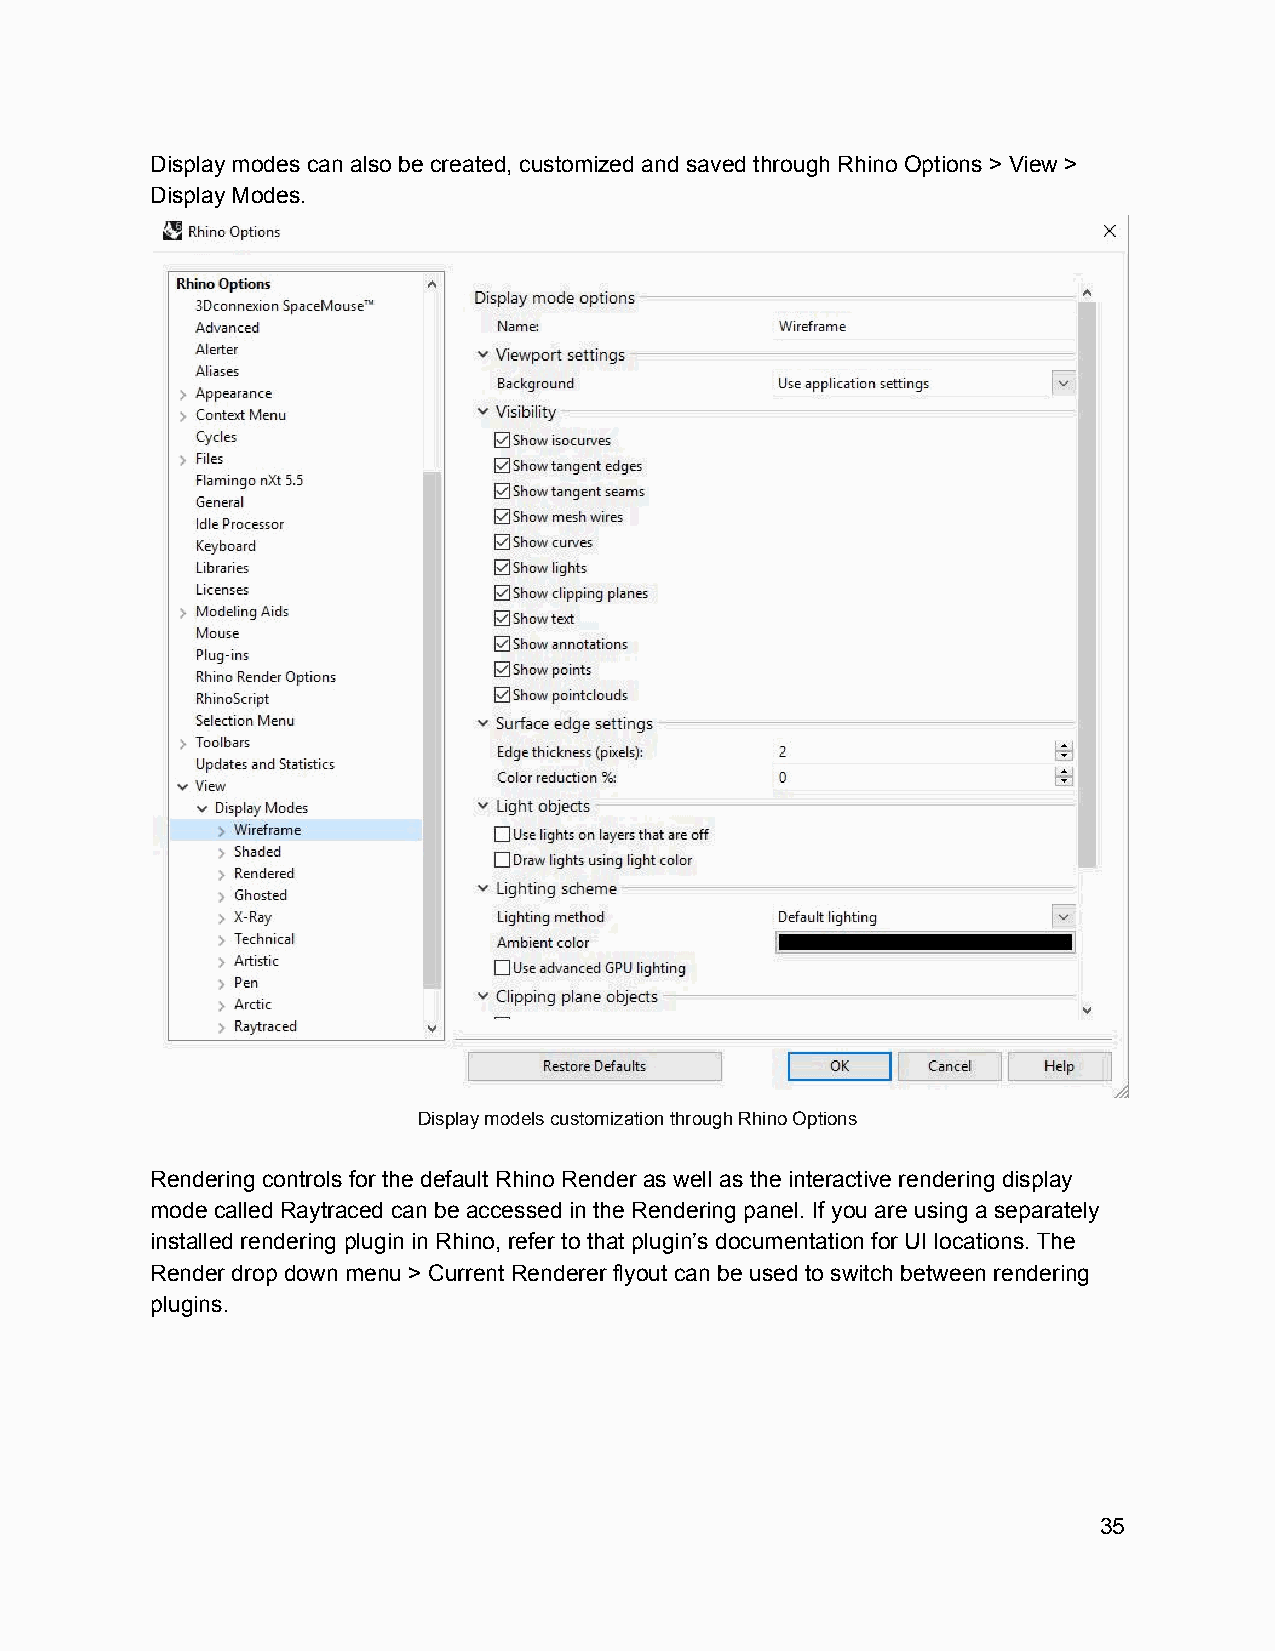
Display modes can also be created, customized and saved through Rhino Options > View >
 Display Modes.
 Display models customization through Rhino Options
 Rendering controls for the default Rhino Render as well as the interactive rendering display
 mode called Raytraced can be accessed in the Rendering panel. If you are using a separately
 installed rendering plugin in Rhino, refer to that plugin’s documentation for UI locations. The
 Render drop down menu > Current Renderer flyout can be used to switch between rendering
 plugins.
 35